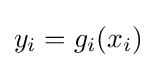
y_{i}=g_{i}(x_{i})